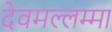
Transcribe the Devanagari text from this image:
देवमल्लम्मा